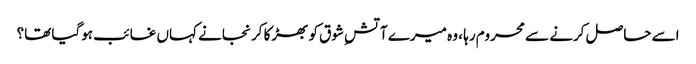
اسے حاصل کرنے سے محروم رہا ، وہ میرے آتشِ شوق کو بھڑکا کر نجانے کہاں غائب ہوگیا تھا؟